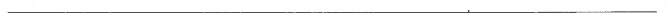
______________________________________________________